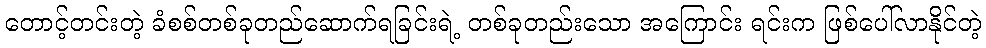
တောင့်တင်းတဲ့ ခံစစ်တစ်ခုတည်ဆောက်ရခြင်းရဲ့ တစ်ခုတည်းသော အကြောင်း ရင်းက ဖြစ်ပေါ်လာနိုင်တဲ့